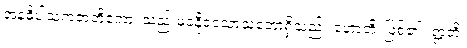
အနဓိပါသကဇာတိကော၊ သည်းမခံနိုငသောသဘောရှိသည်။ ဟောတိ၊ ဖြစ်၏။ ဣတိ၊